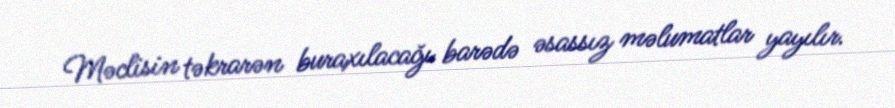
Məclisin təkrarən buraxılacağı barədə əsassız məlumatlar yayılır.